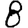
Digit: 8